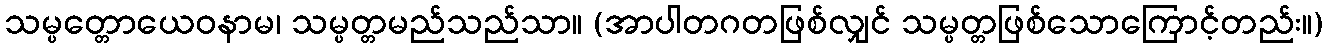
သမ္ပတ္တောယေဝနာမ၊ သမ္ပတ္တမည်သည်သာ။ (အာပါတဂတဖြစ်လျှင် သမ္ပတ္တဖြစ်သောကြောင့်တည်း။)